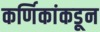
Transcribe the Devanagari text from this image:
कर्णिकांकडून